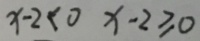
x - 2 < 0 x - 2 \geqslant 0